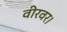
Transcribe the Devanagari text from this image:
वीरवर।